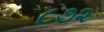
૮૭૨